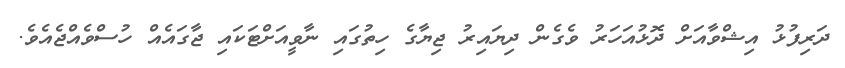
ދަރިފުޅު އިޝްވާއަށް ދޮޅުއަހަރު ވެގެން ދިޔައިރު ޖިޔާގެ ހިތުގައި ނާވީއަށްޓަކައި ޖާގައެއް ހުސްވެއްޖެއެވެ.